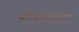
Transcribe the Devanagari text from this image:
फ्राफुत्तयोत्फा